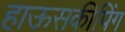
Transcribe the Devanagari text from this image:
हाऊसकीपिंग